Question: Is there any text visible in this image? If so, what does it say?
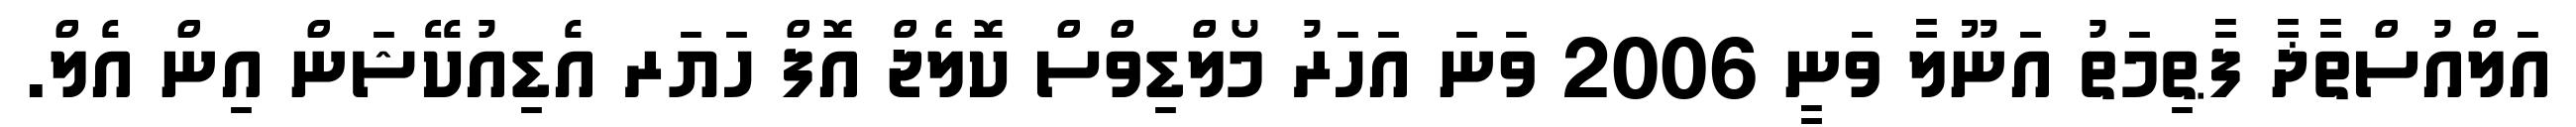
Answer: އަލްއުސްތާޛާ ފާޠިމަތު އަނޫލާ ވަނީ 2006 ވަނަ އަހަރު މޯލްޑިވްސް ކޮލެޖް އޮފް ހަޔަރ އެޑިއުކޭޝަން އިން އެލް.